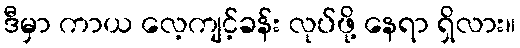
ဒီမှာ ကာယ လေ့ကျင့်ခန်း လုပ်ဖို့ နေရာ ရှိလား။